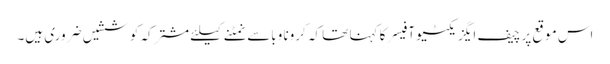
اس موقع پر چیف ایگزیکٹیو آفیسر کا کہنا تھا کہ کرونا وباسےنمٹنےکیلئے مشترکہ کوششیں ضروری ہیں۔